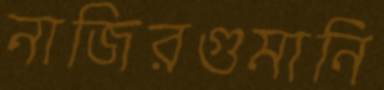
নাজিরগুমানি